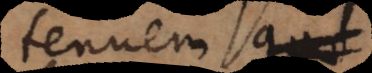
tenuem et